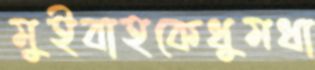
মুইবাহকেধুমধা